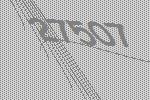
27507